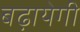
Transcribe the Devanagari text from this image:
बढ़ायेगी